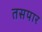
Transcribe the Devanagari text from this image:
तसपार